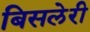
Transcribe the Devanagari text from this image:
बिसलेरी